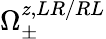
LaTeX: \Omega_{\pm}^{z,LR/RL}